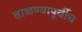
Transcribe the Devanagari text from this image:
वाळण्यापूर्वीच